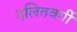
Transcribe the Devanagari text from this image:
दलितवर्गी